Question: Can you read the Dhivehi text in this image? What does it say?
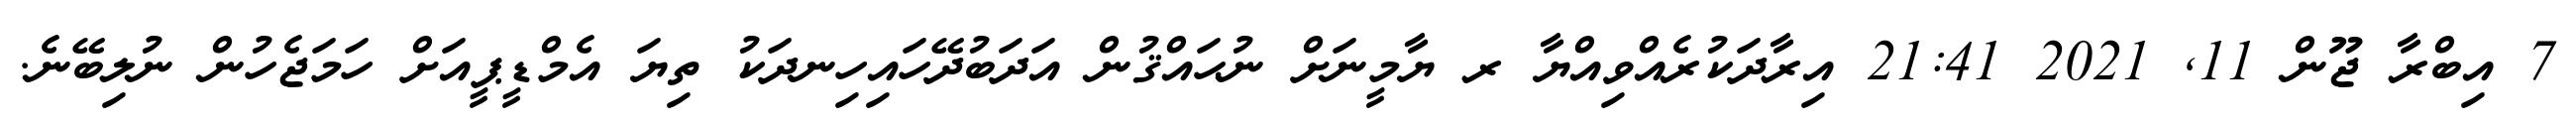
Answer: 7 އިބްރާ ޖޫން 11, 2021 21:41 އިރާދަކުރެއްވިއްޔާ ރ ޔާމީނަށް ނުޙައްޤުން އަދަބުދޭހައިހިނދަކު ތިޔަ އެމްޑީޕީއަށް ހަމަޖެހުން ނުލިބޭނެ.